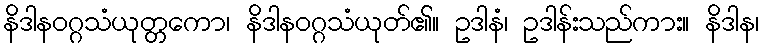
နိဒါနဝဂ္ဂသံယုတ္တကော၊ နိဒါနဝဂ္ဂသံယုတ်၏။ ဥဒါနံ၊ ဥဒါန်းသည်ကား။ နိဒါန၊